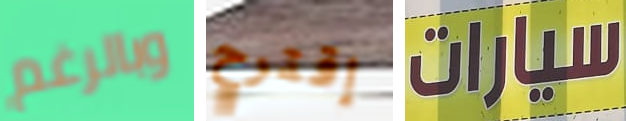
وبالرغم إقترح سيارات